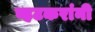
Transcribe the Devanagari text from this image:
व्हटकरांनी